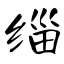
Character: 缁